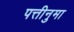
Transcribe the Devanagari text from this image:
पत्तीनुमा